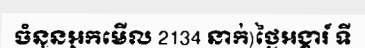
ចំនួនអ្នកមើល 2134 នាក់)ថ្ងៃអង្គារ៍ ទី